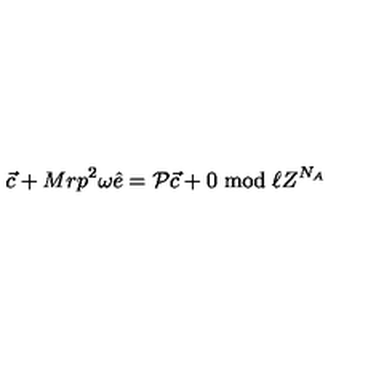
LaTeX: { \vec { c } } + M r p ^ { 2 } \omega { \hat { e } } = { \cal P } { \vec { c } } + 0 \bmod { \ell Z ^ { N _ { A } } }